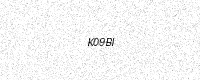
Text: K09BI